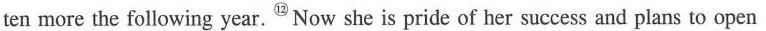
ten more the following year. ^{⑫}Now she is pride of her success and plans to open